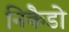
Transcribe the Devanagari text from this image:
निकैडो